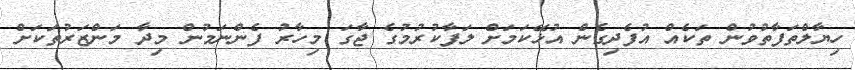
ހިޔާލްތަފާތުވުން ތަކެއް އުފެދިގެން އުޅޭކަމަށް ލަފާކުރުމުގެ ޖާގަ މިހާރު ފެންނަމުން މިދާ މަންޒަރުތަކަށް